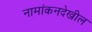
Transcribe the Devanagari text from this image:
नामांकनदेखील